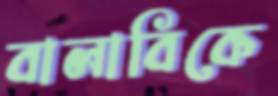
বালাবিকে